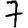
Digit: 7